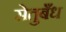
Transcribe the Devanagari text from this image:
सेतुबँध